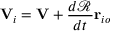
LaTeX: \mathbf { V } _ { i } = \mathbf { V } + { \frac { d { \mathcal { R } } } { d t } } \mathbf { r } _ { i o }